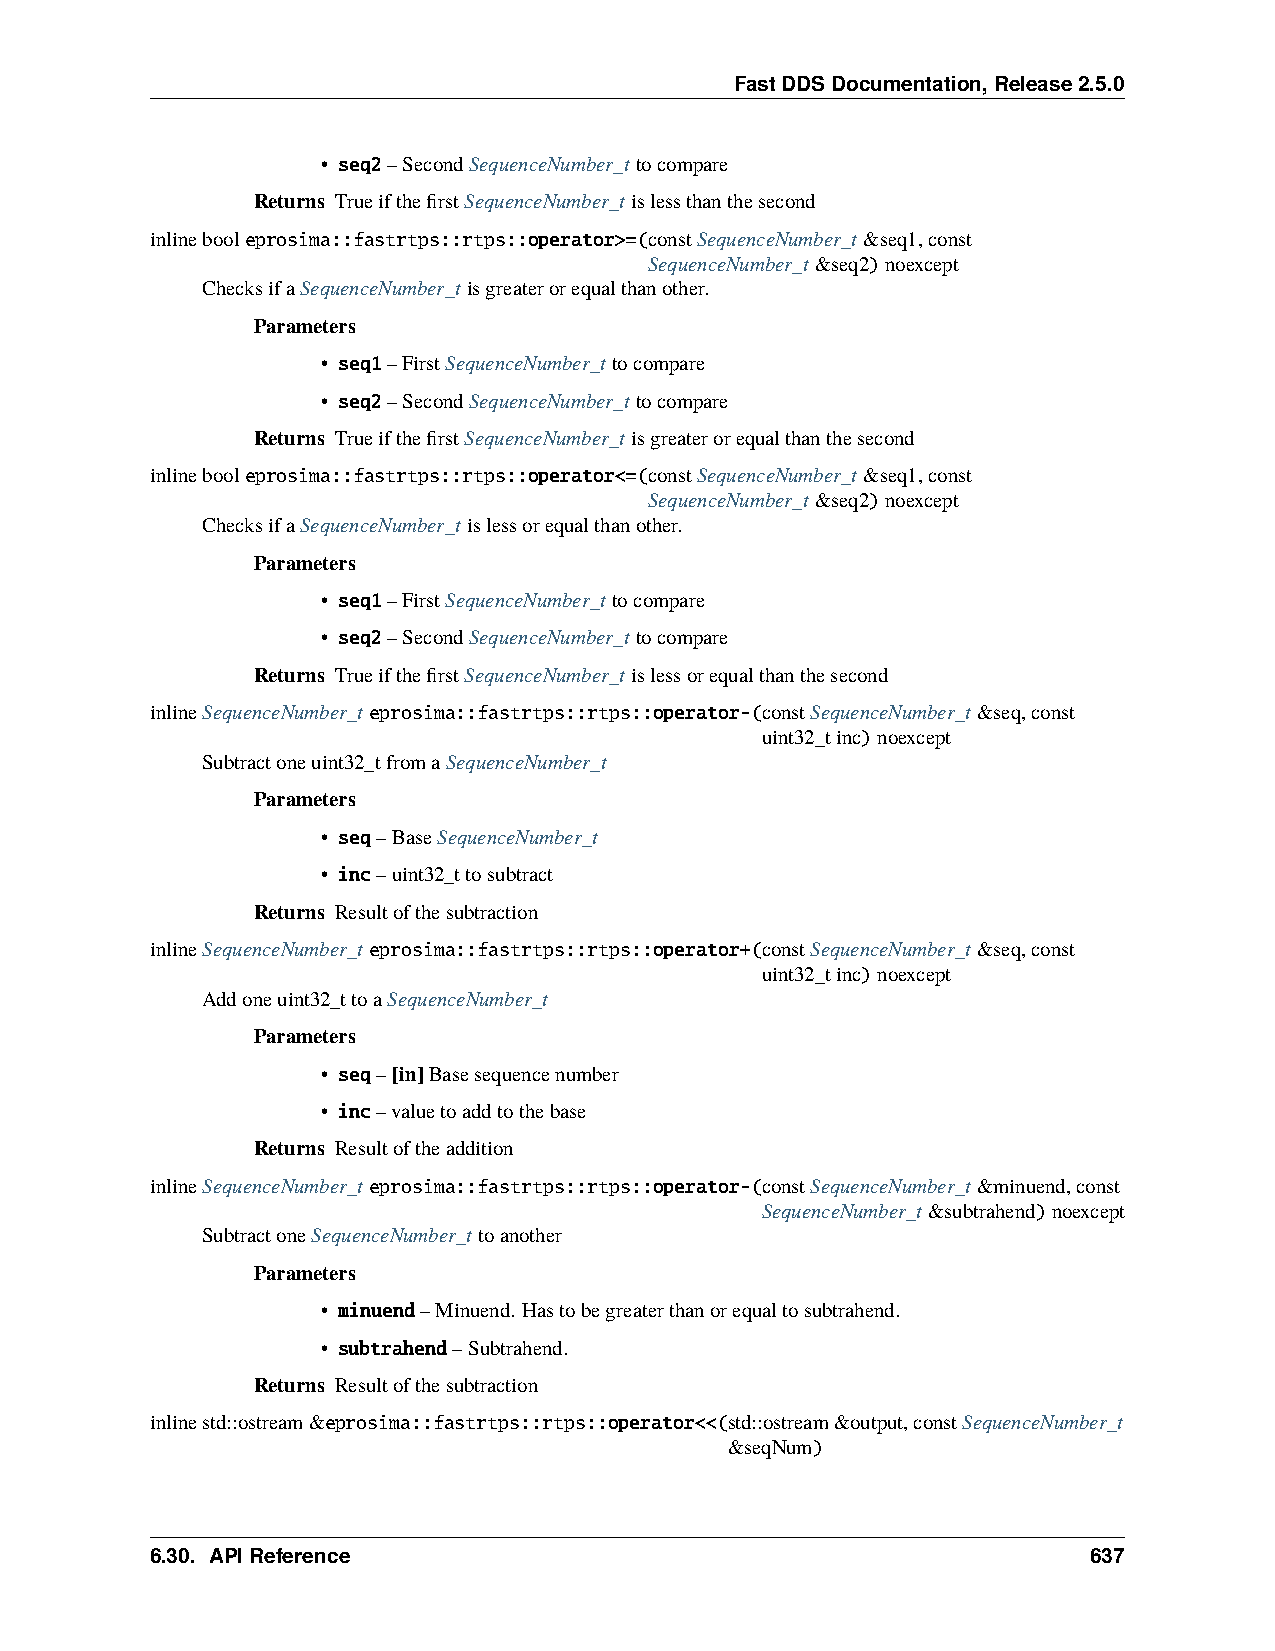
FastDDSDocumentation,Release2.5.0
 • seq2–SecondSequenceNumber_ttocompare
 Returns TrueifthefirstSequenceNumber_tislessthanthesecond
 inlinebooleprosima::fastrtps::rtps::operator>=(constSequenceNumber_t&seq1,const
 SequenceNumber_t&seq2)noexcept
 ChecksifaSequenceNumber_tisgreaterorequalthanother.
 Parameters
 • seq1–FirstSequenceNumber_ttocompare
 • seq2–SecondSequenceNumber_ttocompare
 Returns TrueifthefirstSequenceNumber_tisgreaterorequalthanthesecond
 inlinebooleprosima::fastrtps::rtps::operator<=(constSequenceNumber_t&seq1,const
 SequenceNumber_t&seq2)noexcept
 ChecksifaSequenceNumber_tislessorequalthanother.
 Parameters
 • seq1–FirstSequenceNumber_ttocompare
 • seq2–SecondSequenceNumber_ttocompare
 Returns TrueifthefirstSequenceNumber_tislessorequalthanthesecond
 inlineSequenceNumber_teprosima::fastrtps::rtps::operator-(constSequenceNumber_t&seq,const
 uint32_tinc)noexcept
 Subtractoneuint32_tfromaSequenceNumber_t
 Parameters
 • seq–BaseSequenceNumber_t
 • inc–uint32_ttosubtract
 Returns Resultofthesubtraction
 inlineSequenceNumber_teprosima::fastrtps::rtps::operator+(constSequenceNumber_t&seq,const
 uint32_tinc)noexcept
 Addoneuint32_ttoaSequenceNumber_t
 Parameters
 • seq–[in]Basesequencenumber
 • inc–valuetoaddtothebase
 Returns Resultoftheaddition
 inlineSequenceNumber_teprosima::fastrtps::rtps::operator-(constSequenceNumber_t&minuend,const
 SequenceNumber_t&subtrahend)noexcept
 SubtractoneSequenceNumber_ttoanother
 Parameters
 • minuend–Minuend. Hastobegreaterthanorequaltosubtrahend.
 • subtrahend–Subtrahend.
 Returns Resultofthesubtraction
 inlinestd::ostream&eprosima::fastrtps::rtps::operator<<(std::ostream&output,constSequenceNumber_t
 &seqNum)
 6.30. APIReference                                            637